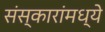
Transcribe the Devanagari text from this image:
संस्कारांमध्ये